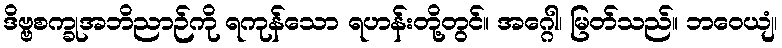
ဒိဗ္ဗစက္ခုအဘိညာဉ်ကို ရကုန်သော ရဟန်းတို့တွင်။ အဂ္ဂေါ၊ မြတ်သည်။ ဘဝေယျံ၊